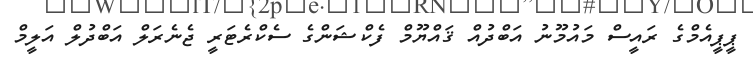
ޕީޕީއެމްގެ ރައީސް މައުމޫނު އަބްދުއް ޤައްޔޫމް ފެކްޝަންގެ ސެކްރެޓަރީ ޖެނެރަލް އަބްދުލް އަލީމް